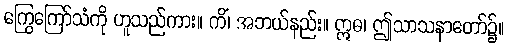
ကြွေကြော်သံကို ဟူသည်ကား။ ကိံ၊ အဘယ်နည်း။ ဣဓ၊ ဤသာသနာတော်၌။